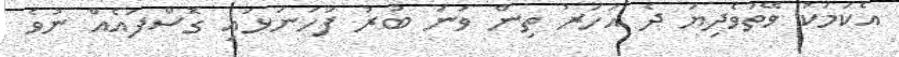
އެކަމަކު ވޭތުވެދިޔަ ދެ އަހަރު ތިން ވަނަ ބުރު ފަހަނަޅައި ގޮސްފައެއް ނުވެ